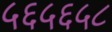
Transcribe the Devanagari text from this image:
५६५६५८